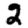
Digit: 2